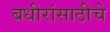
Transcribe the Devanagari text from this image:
बधीरांसाठीचे